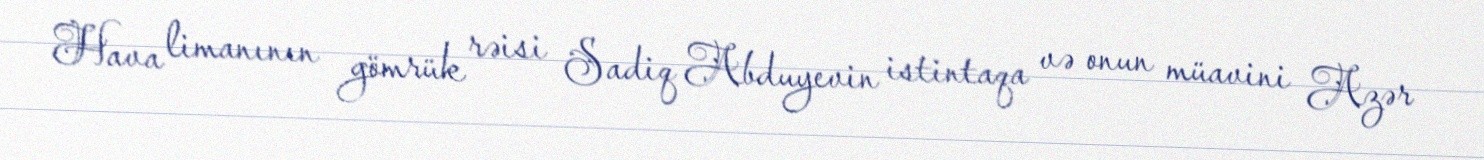
Hava limanının gömrük rəisi Sadiq Abduyevin istintaqa və onun müavini Azər